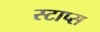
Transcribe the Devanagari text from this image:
स्टाप्स